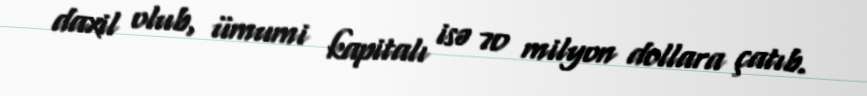
daxil olub, ümumi kapitalı isə 70 milyon dollara çatıb.